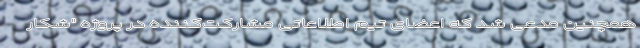
همچنین مدعی شد که اعضای تیم اطلاعاتی مشارکت‌کننده در پروژه "شکار